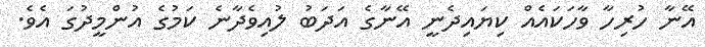
އޭނާ ހުރިހާ ވާހަކައެއް ކިޔައިދެނީ އޭނާގެ އަދަބު ލުއިވެދާނެ ކަމުގެ އުންމީދުގަ އެވެ.